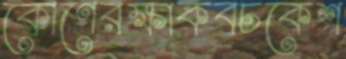
কোণেরক্ষাকবচকেশ